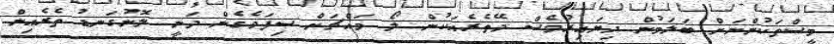
މީސްތަކުންނަށް ބަލަމުން ދިޔައިރުވެސް ދޭތެރެއަކުން ލޯ މައްޗަށް ސިފަވެގެން ދަނީ ލޮނުގަނޑު ތެރެއިން